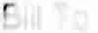
BILL TO :